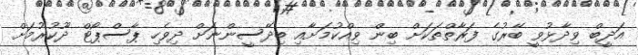
އަދީބް ވިދާޅުވީ ބޭރުގެ ފަރާތްތަކަށް ބިން ވިއްކުމަށާއި ބިދޭސީންނަށް ދިވެހި ޕާސްޕޯޓް ދޫކުރުމަށް